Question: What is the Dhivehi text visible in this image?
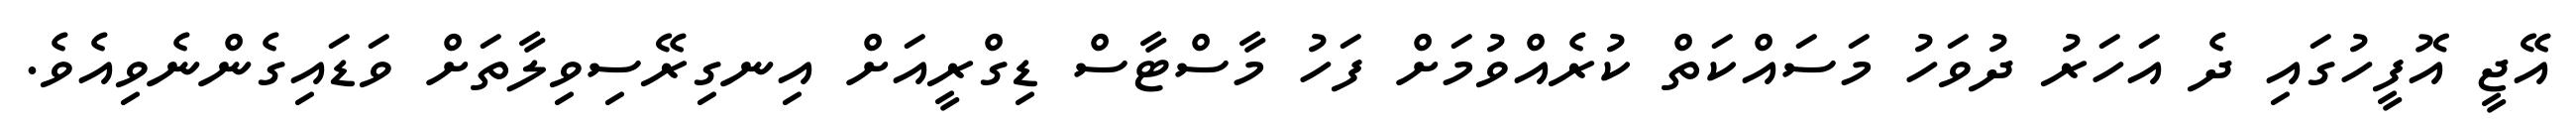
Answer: އޭޖީ އޮފީހުގައި ދެ އަހަރު ދުވަހު މަސައްކަތް ކުރެއްވުމަށް ފަހު މާސްޓާސް ޑިގްރީއަށް އިނގިރޭސިވިލާތަށް ވަޑައިގެންނެވިއެވެ.